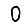
Digit: 0